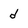
Character: d